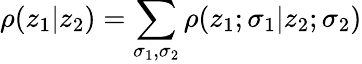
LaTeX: \rho(z_{1}|z_{2})=\sum_{\sigma_{1},\sigma_{2}}\rho(z_{1};\sigma_{1}|z_{2};\sigma_{2})